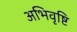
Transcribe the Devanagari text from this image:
अभिवृष्टि